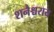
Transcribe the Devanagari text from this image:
शनैश्चराय